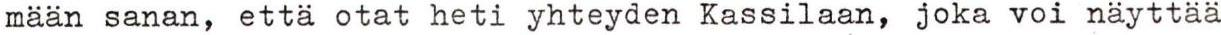
mään sanan, että otat heti yhteyden Kassilaan, joka voi näyttää